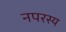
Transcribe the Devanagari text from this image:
नपरस्य